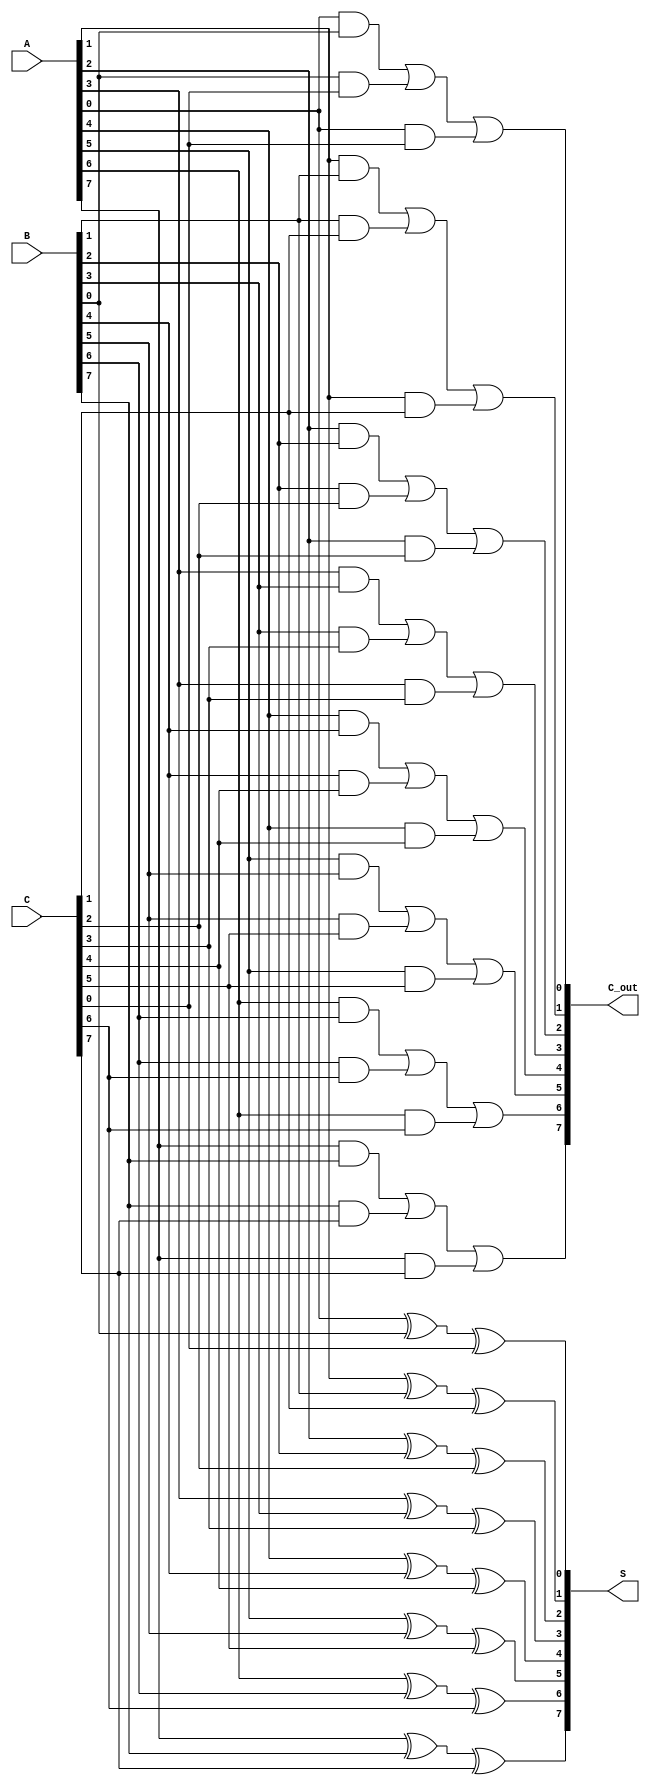
module ModifiedCarrySaveAdder #(parameter n = 8) (
    input  wire [n-1:0] A,  // First input
    input  wire [n-1:0] B,  // Second input
    input  wire [n-1:0] C,  // Third input
    output wire [n-1:0] S,   // Sum output
    output wire [n-1:0] C_out // Carry output
);

    // Generate partial sums and carries
    genvar i;
    generate
        for (i = 0; i < n; i = i + 1) begin : adder_stage
            // Sum calculation using XOR
            assign S[i] = A[i] ^ B[i] ^ C[i];
            // Carry calculation using AND and OR
            assign C_out[i] = (A[i] & B[i]) | (B[i] & C[i]) | (A[i] & C[i]);
        end
    endgenerate

endmodule